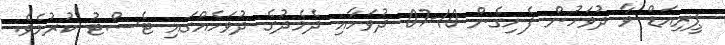
ޕީރިއަޑް ވާ ދުވަހުން ފެށިގެން 10-07 ދުވަހާއި ދެމެދުގެ ދުވަހެއްގައި ޓެސްޓު ކުރުމެވެ.